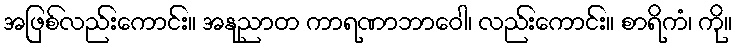
အဖြစ်လည်းကောင်း။ အနုညာတ ကာရဏာဘာဝေါ၊ လည်းကောင်း။ စာရိကံ၊ ကို။